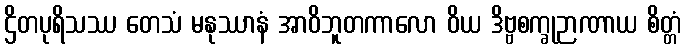
ဌိတပုရိသဿ တေသံ မနုဿာနံ အာဝိဘူတကာလော ဝိယ ဒိဗ္ဗစက္ခုဉာဏာယ စိတ္တံ